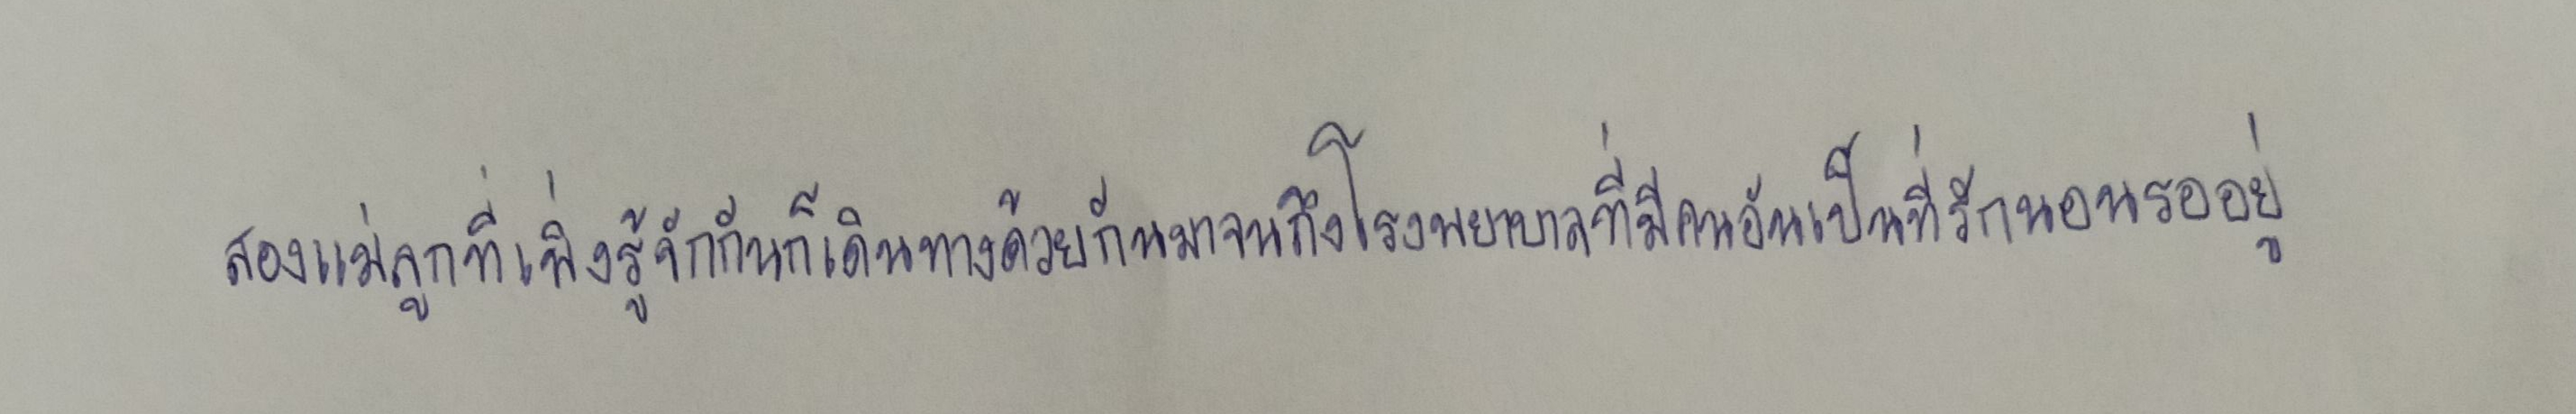
สองแม่ลูกที่เพิ่งรู้จักกันก็เดินทางด้วยกันมาจนถึงโรงพยาบาลที่มีคนอันเป็นที่รักนอนรออยู่